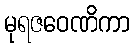
မုရဇဝေဏိကာ